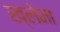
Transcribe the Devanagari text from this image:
ख्लेना